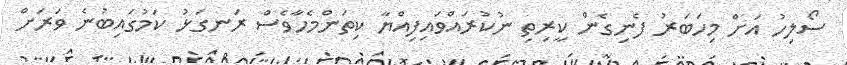
ސޯލިހު އަށް މިހަބަރު ފެނިގެން ކީރިތި ނުކުރައްވައިފިއްޔާ ކިތަންމެހާވެސް ރަނގަޅު ކަމުގައިބުނެ ވަރަށް